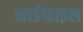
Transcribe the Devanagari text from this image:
कार्डफाइल